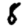
Digit: 8